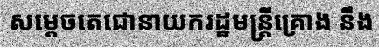
សម្តេចតេជោនាយករដ្ឋមន្ត្រីគ្រោង នឹង